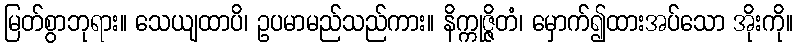
မြတ်စွာဘုရား။ သေယျထာပိ၊ ဥပမာမည်သည်ကား။ နိက္ကုဇ္ဇိတံ၊ မှောက်၍ထားအပ်သော အိုးကို။